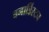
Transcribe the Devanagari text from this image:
बनार्डिस्टन